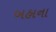
બહાના